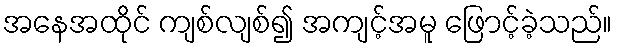
အနေအထိုင် ကျစ်လျစ်၍ အကျင့်အမူ ဖြောင့်ခဲ့သည်။